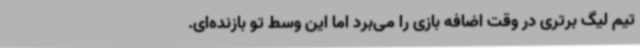
تیم لیگ برتری در وقت اضافه بازی را می‌برد اما این وسط تو بازنده‌ای.